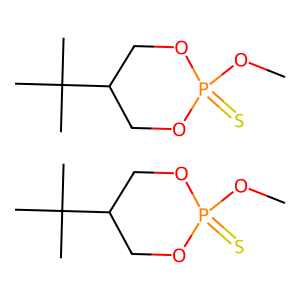
SMILES: COP1(=S)OCC(C(C)(C)C)CO1.COP1(=S)OCC(C(C)(C)C)CO1
Inhibits HIV replication: No